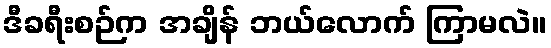
ဒီခရီးစဉ်က အချိန် ဘယ်လောက် ကြာမလဲ။